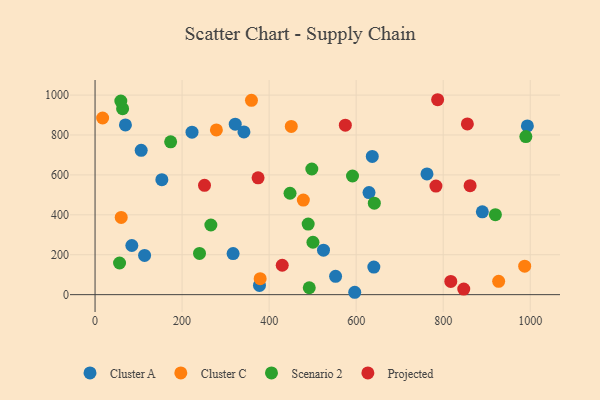
{"axis": {"x": "Investment", "y": "Demand"}, "legend": ["Cluster A", "Cluster C", "Projected", "Scenario 2"], "data": [{"x": "596.7", "y": 11.9, "type": "Cluster A"}, {"x": "113.8", "y": 196.6, "type": "Cluster A"}, {"x": "153.5", "y": 576.0, "type": "Cluster A"}, {"x": "524.9", "y": 223.0, "type": "Cluster A"}, {"x": "222.8", "y": 814.4, "type": "Cluster A"}, {"x": "69.8", "y": 850.3, "type": "Cluster A"}, {"x": "84.5", "y": 246.3, "type": "Cluster A"}, {"x": "106.0", "y": 723.1, "type": "Cluster A"}, {"x": "317.2", "y": 205.7, "type": "Cluster A"}, {"x": "629.5", "y": 511.6, "type": "Cluster A"}, {"x": "993.4", "y": 845.7, "type": "Cluster A"}, {"x": "762.7", "y": 605.0, "type": "Cluster A"}, {"x": "377.8", "y": 46.0, "type": "Cluster A"}, {"x": "637.0", "y": 692.9, "type": "Cluster A"}, {"x": "322.1", "y": 854.1, "type": "Cluster A"}, {"x": "342.1", "y": 815.4, "type": "Cluster A"}, {"x": "889.9", "y": 414.8, "type": "Cluster A"}, {"x": "552.7", "y": 91.6, "type": "Cluster A"}, {"x": "640.6", "y": 138.4, "type": "Cluster A"}, {"x": "450.9", "y": 842.9, "type": "Cluster C"}, {"x": "478.6", "y": 473.8, "type": "Cluster C"}, {"x": "278.8", "y": 825.5, "type": "Cluster C"}, {"x": "987.2", "y": 142.8, "type": "Cluster C"}, {"x": "927.4", "y": 66.7, "type": "Cluster C"}, {"x": "359.4", "y": 973.8, "type": "Cluster C"}, {"x": "379.4", "y": 80.1, "type": "Cluster C"}, {"x": "17.4", "y": 885.1, "type": "Cluster C"}, {"x": "60.1", "y": 386.9, "type": "Cluster C"}, {"x": "63.3", "y": 931.9, "type": "Scenario 2"}, {"x": "641.7", "y": 458.3, "type": "Scenario 2"}, {"x": "240.0", "y": 206.8, "type": "Scenario 2"}, {"x": "59.2", "y": 970.2, "type": "Scenario 2"}, {"x": "989.9", "y": 791.9, "type": "Scenario 2"}, {"x": "56.3", "y": 158.6, "type": "Scenario 2"}, {"x": "489.7", "y": 353.6, "type": "Scenario 2"}, {"x": "492.2", "y": 34.5, "type": "Scenario 2"}, {"x": "591.6", "y": 594.6, "type": "Scenario 2"}, {"x": "498.1", "y": 629.6, "type": "Scenario 2"}, {"x": "500.7", "y": 262.6, "type": "Scenario 2"}, {"x": "266.1", "y": 349.0, "type": "Scenario 2"}, {"x": "448.0", "y": 508.1, "type": "Scenario 2"}, {"x": "919.9", "y": 400.7, "type": "Scenario 2"}, {"x": "173.7", "y": 766.0, "type": "Scenario 2"}, {"x": "787.2", "y": 976.8, "type": "Projected"}, {"x": "430.1", "y": 147.3, "type": "Projected"}, {"x": "374.6", "y": 585.5, "type": "Projected"}, {"x": "251.5", "y": 547.6, "type": "Projected"}, {"x": "847.2", "y": 28.0, "type": "Projected"}, {"x": "861.8", "y": 546.1, "type": "Projected"}, {"x": "575.1", "y": 849.2, "type": "Projected"}, {"x": "817.4", "y": 66.1, "type": "Projected"}, {"x": "783.3", "y": 544.3, "type": "Projected"}, {"x": "855.5", "y": 855.7, "type": "Projected"}]}